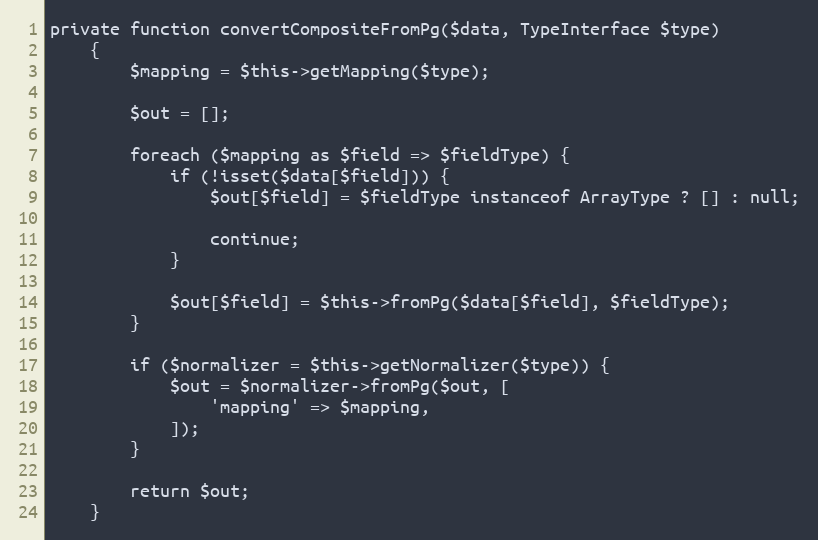
Language: PHP
private function convertCompositeFromPg($data, TypeInterface $type)
    {
        $mapping = $this->getMapping($type);

        $out = [];

        foreach ($mapping as $field => $fieldType) {
            if (!isset($data[$field])) {
                $out[$field] = $fieldType instanceof ArrayType ? [] : null;

                continue;
            }

            $out[$field] = $this->fromPg($data[$field], $fieldType);
        }

        if ($normalizer = $this->getNormalizer($type)) {
            $out = $normalizer->fromPg($out, [
                'mapping' => $mapping,
            ]);
        }

        return $out;
    }